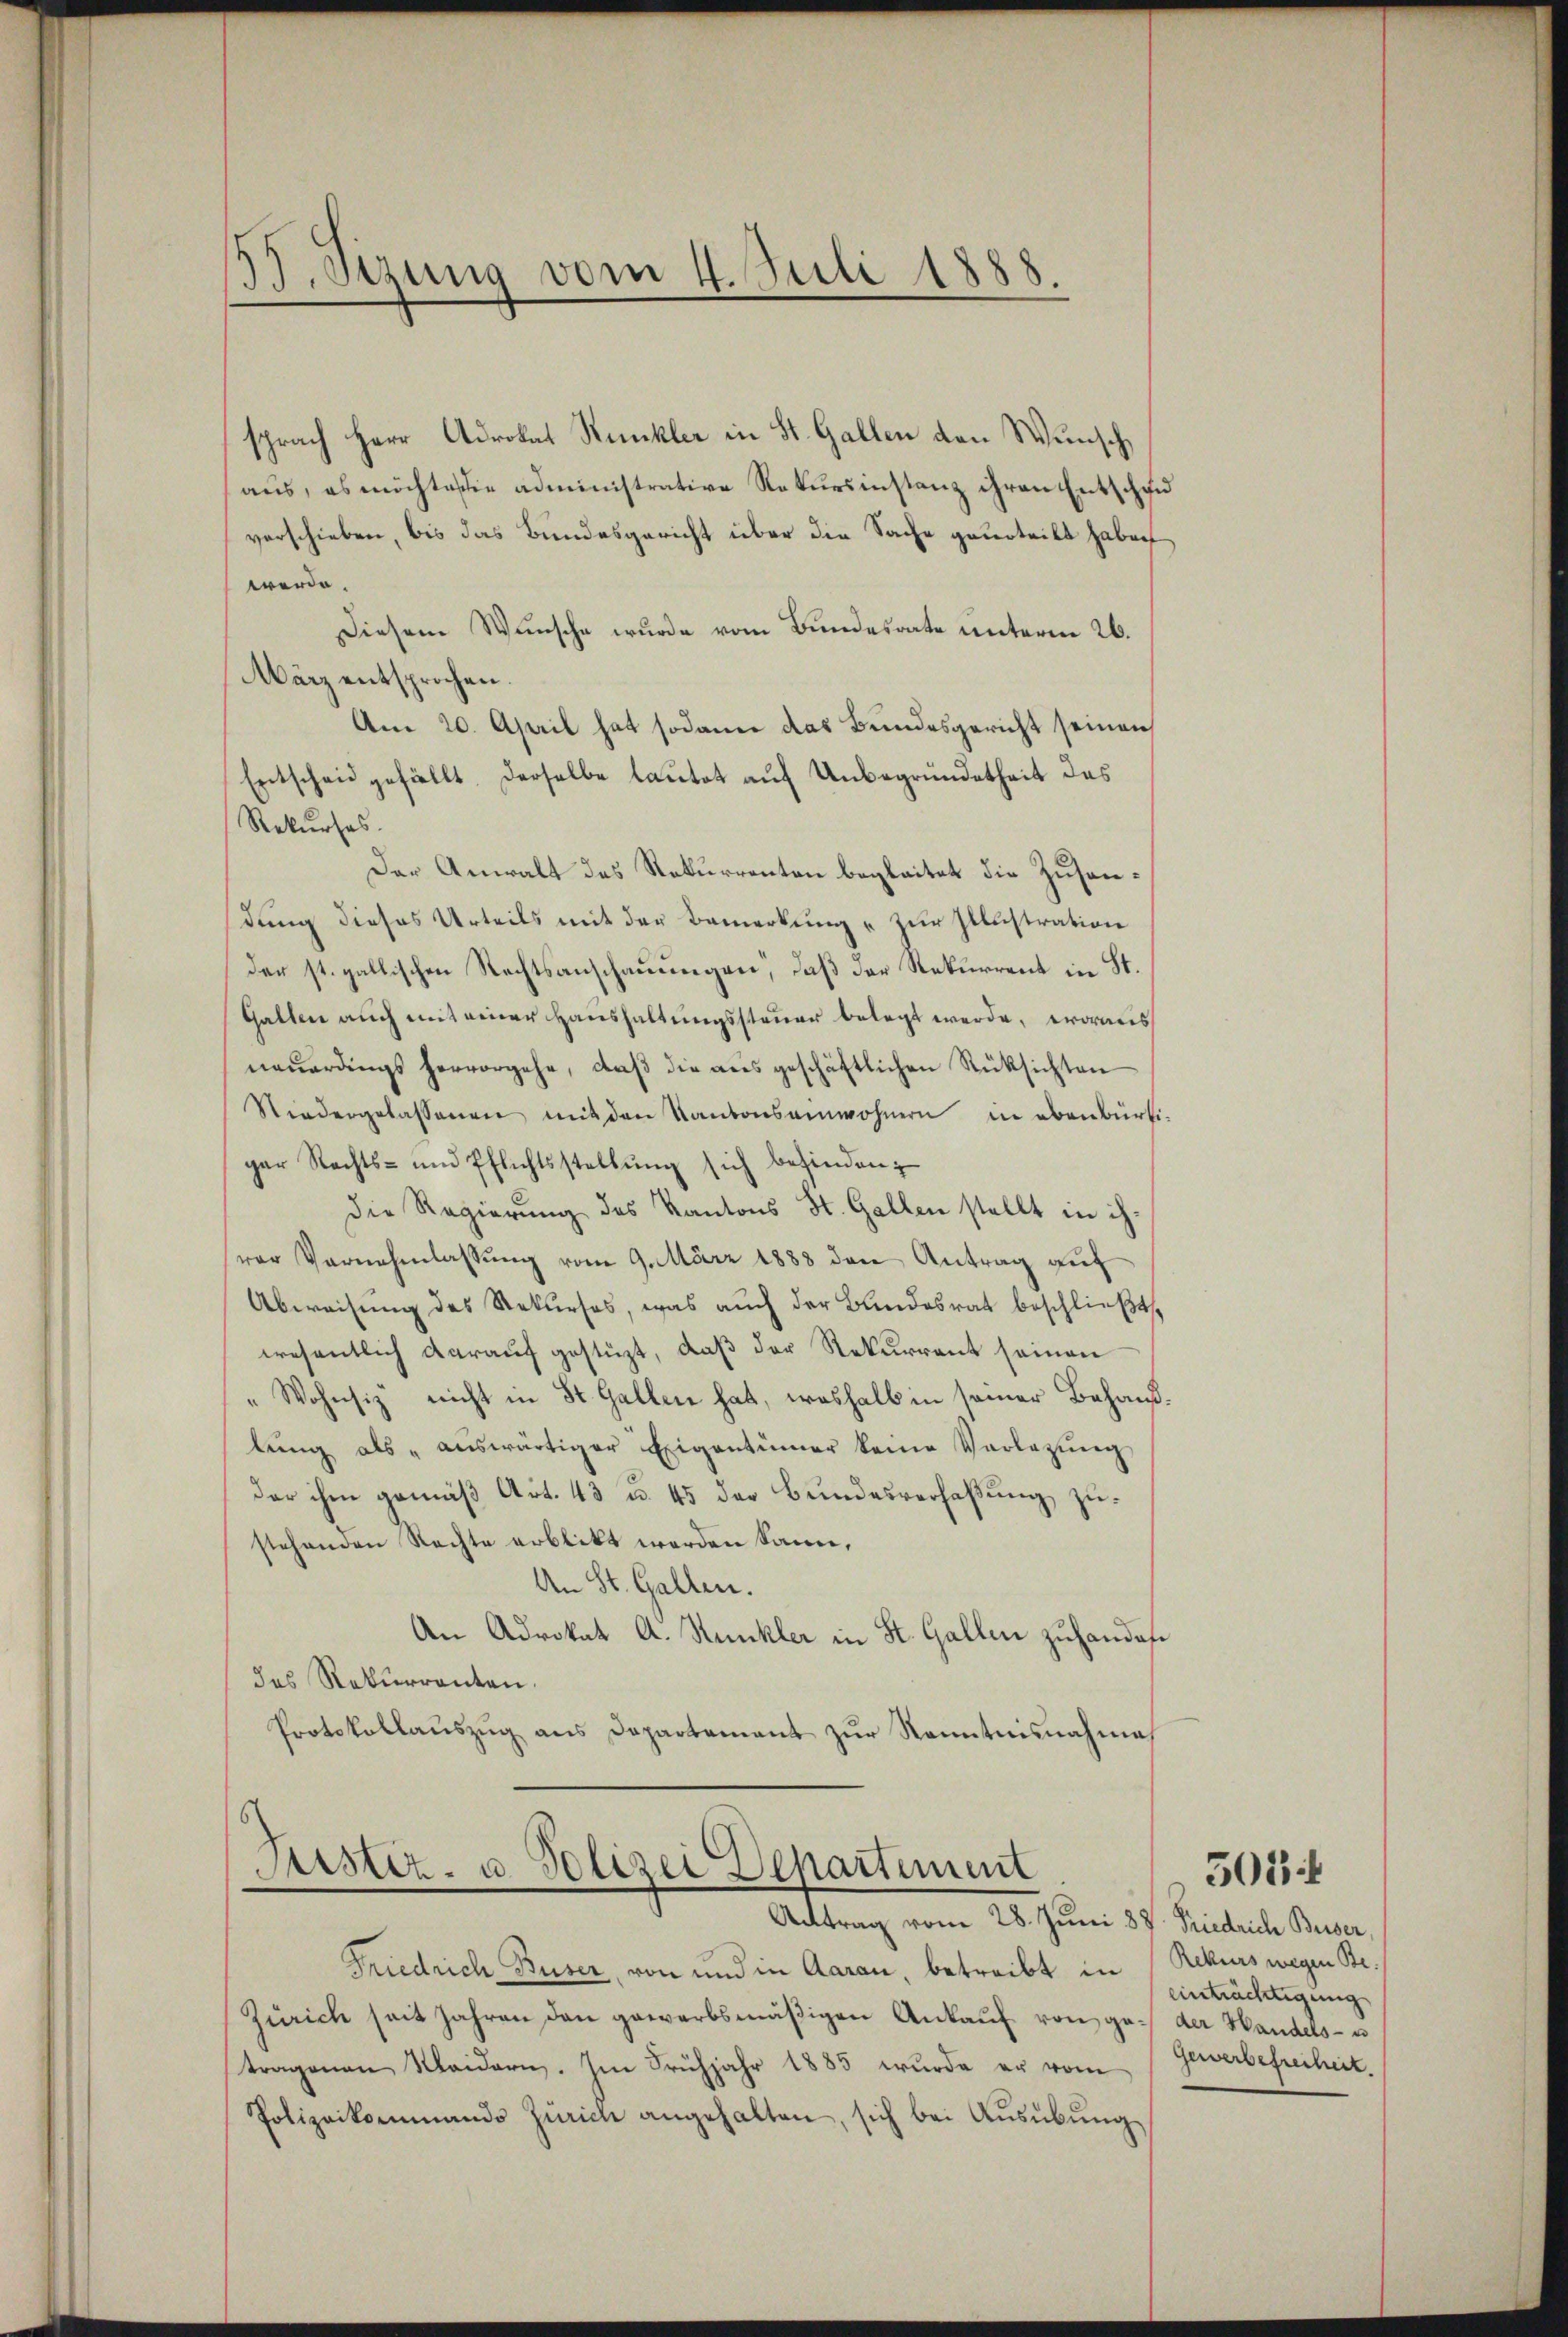
37. Sizung vom 4. Juli 1888.
.

sprach Herr Adrokat Kunkler in St. Gallen den Wunsch,
aus, es möchte sie administrative Rekursinstanz ihren Entschau
verschieben, bis das Bundesgericht über die Sache geurteilt haben
werde.
Diesem Wunsche wurde vom Bundesrate unterm 26.
März entsprochen.
Am 20. April hat sodann das Bundesgericht seinen
Entscheid gefällt, derselbe lautet auf Unbegründetheit des
Rekurses.
Der Anwalt des Rekurrenten begleitet die Zusamdung dieses Urteils mit der Bemerkung zur Illustration
der st. gallischen Rechtsanschauungen, daß der Rekurrent in St.
Gallen auch mit einer Haushaltungssteuer belegt werde, woraus
neŭerdings hervorgehe, daβ die aus geschäftlichen Rüksichten
Niedergelassenen mit den Kantonseinwohnern in ebenbürtiger Rechts- und Pflichtsstellŭng sich befinden;
Die Regierung des Kantons St. Gallen stellt in ih-
rer Vernehmlassung vom 9. März 1888 den Antrag auf
Abweisung des Rekurses, was auch der Bundesrat beschließt,
wesentlich darauf gestüzt, daß der Rekurrent seinen
„Wohnsiz nicht in St. Gallen hat, weshalb in seiner Behandlŭng als "aŭswärtiger Eigentümer keine Vorlegŭng
der ihm gemäß Art. 43 u. 45 der Bundesverfaßung zustehenden Rechte erblickt werden kann,
An St. Gallen.
An Advokat A. Stunkler in St. Gallen zuhandesdes Rekurrenten.
Protokollaŭszŭg ans Departement zŭr Kenntnisnahme

Justiz- u. Polizei Departement
Antrag vom 28. Juni 8 v. Friedrich Buser,

Friedrich Buser, von und in Aarau, betreibt in Rekurs wegen Be¬
Zürich seit Jahren den gewerbsmäßigen Ankauf von ge- der Handels- u
tragenen Waidern. Im Frühjahr 1885 wurde er vom
Polizeikommando Zürich angehalten, sich bei Aŭsübŭng

einträchtigung
Gewerbefreiheit.

505